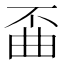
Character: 𫠲